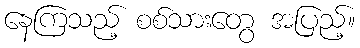
နေကြသည့် စစ်သားတွေ အပြည့်။